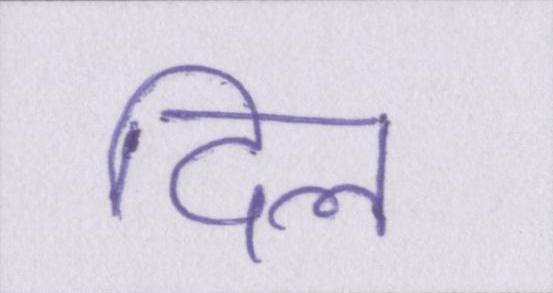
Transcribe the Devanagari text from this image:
दिल